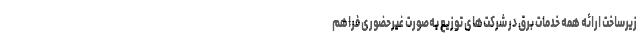
زیرساخت ارائه همه خدمات برق در شرکت‌های توزیع به‌صورت غیرحضوری فراهم